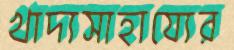
খাদ্যসাহায্যের